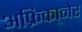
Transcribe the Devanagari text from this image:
अफ्रिकानेर